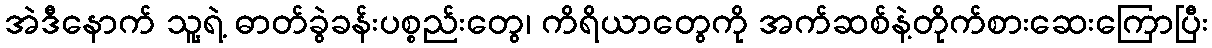
အဲဒီနောက် သူ့ရဲ့ ဓာတ်ခွဲခန်းပစ္စည်းတွေ၊ ကိရိယာတွေကို အက်ဆစ်နဲ့တိုက်စားဆေးကြောပြီး